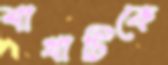
শাখাটিকে